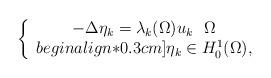
LaTeX: \begin{align*}\left\{\begin{array}{ccc}-\Delta \eta_k=\lambda_k(\Omega)u_k\,\,\,\,\Omega\\begin{align*}0.3cm] \eta_k\in H_0^1(\Omega),\end{array}\right. \end{align*}